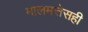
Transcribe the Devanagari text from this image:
मालमत्तेसही